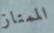
الممتاز